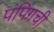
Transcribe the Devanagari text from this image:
पंपिंगची